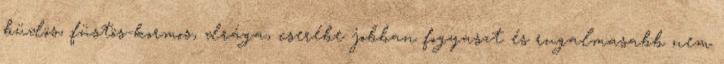
büdös, füstös-kormos, drága, cserébe jobban fogyaszt és rugalmasabb nem